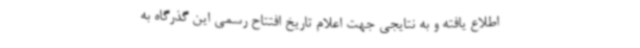
اطلاع یافته و به نتایجی جهت اعلام تاریخ افتتاح رسمی این گذرگاه به